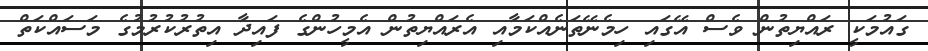
ގައުމަކީ ރައްޔިތުން ވެސް އޭގައި ހިމެނޭތަނެއްކަމާއި އެރައްޔިތުން އެމީހުންގެ ފައިދާ އިތުރުކުރުމުގެ މަސައްކަތް